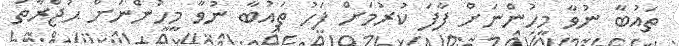
ތައުބާ ނުވާ މީހުންނަށް ފާފަ ކުރުމަށް ފަހު ތައުބާ ނުވާ މީހުންނަށް ޙުޖްރާތު